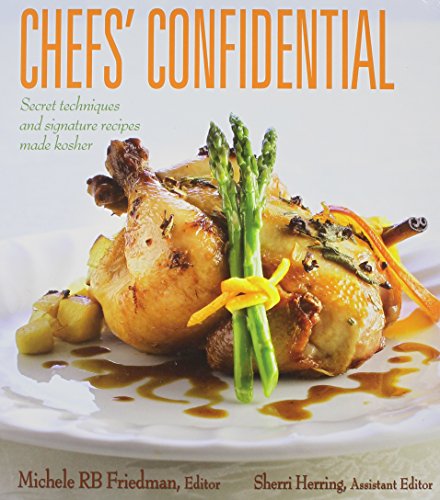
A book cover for Chefs' Confidential; Cookbooks, Food & Wine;